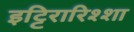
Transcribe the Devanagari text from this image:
इट्टिरारिश्शा